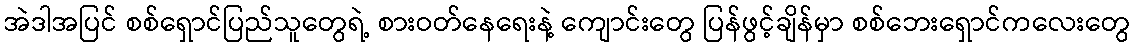
အဲဒါအပြင် စစ်ရှောင်ပြည်သူတွေရဲ့ စားဝတ်နေရေးနဲ့ ကျောင်းတွေ ပြန်ဖွင့်ချိန်မှာ စစ်ဘေးရှောင်ကလေးတွေ